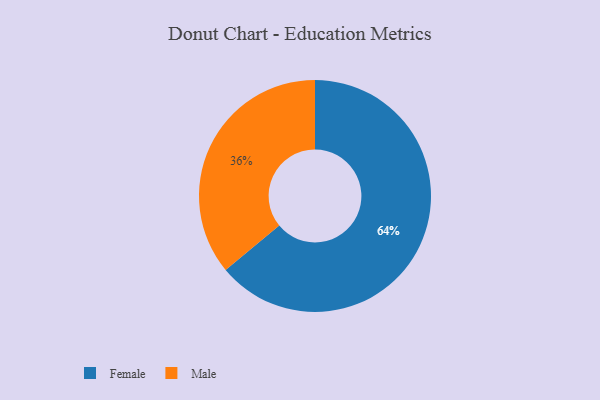
{"axis": {"x": "Category", "y": "Percentage"}, "legend": ["Female", "Male"], "data": [{"x": "Female", "y": 64, "type": "Female"}, {"x": "Male", "y": 36, "type": "Male"}]}